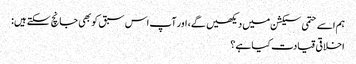
ہم اسے حتمی سیکشن میں دیکھیں گے، اور آپ اس سبق کو بھی جانچ سکتے ہیں:
اخلاقی قیادت کیا ہے؟